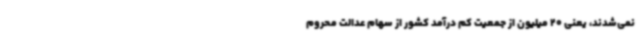
نمی‌شدند، یعنی 20 میلیون از جمعیت کم درآمد کشور از سهام عدالت محروم